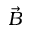
\vec { B }